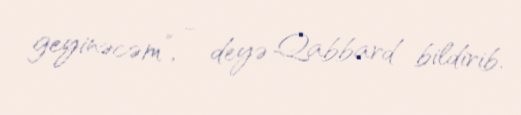
geyinəcəm”, - deyə Qabbard bildirib.